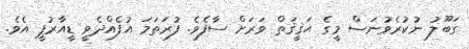
ގަބޫލު ނުކުރެވުނަސް މީގެ ޙަޤީޤަތް ވަރަށް ސާފެވެ. ފުރަތަމަ އުފެއްދެވީ ޑީއާރުޕީ އެވެ.